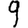
Digit: 9